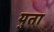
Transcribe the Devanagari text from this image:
युता